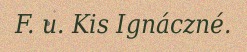
F. u. Kis Ignáczné.